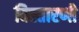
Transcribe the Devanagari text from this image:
विस्तारणी